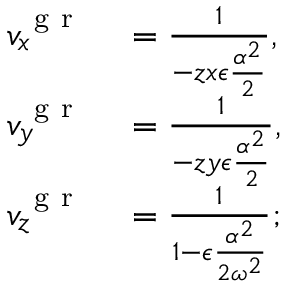
\begin{array} { r l } { v _ { x } ^ { \mathrm { ~ g ~ r ~ } } } & { { } = \frac { 1 } { - z x \epsilon \frac { \alpha ^ { 2 } } { 2 } } , } \\ { v _ { y } ^ { \mathrm { ~ g ~ r ~ } } } & { { } = \frac { 1 } { - z y \epsilon \frac { \alpha ^ { 2 } } { 2 } } , } \\ { v _ { z } ^ { \mathrm { ~ g ~ r ~ } } } & { { } = \frac { 1 } { 1 - \epsilon \frac { \alpha ^ { 2 } } { 2 \omega ^ { 2 } } } ; } \end{array}